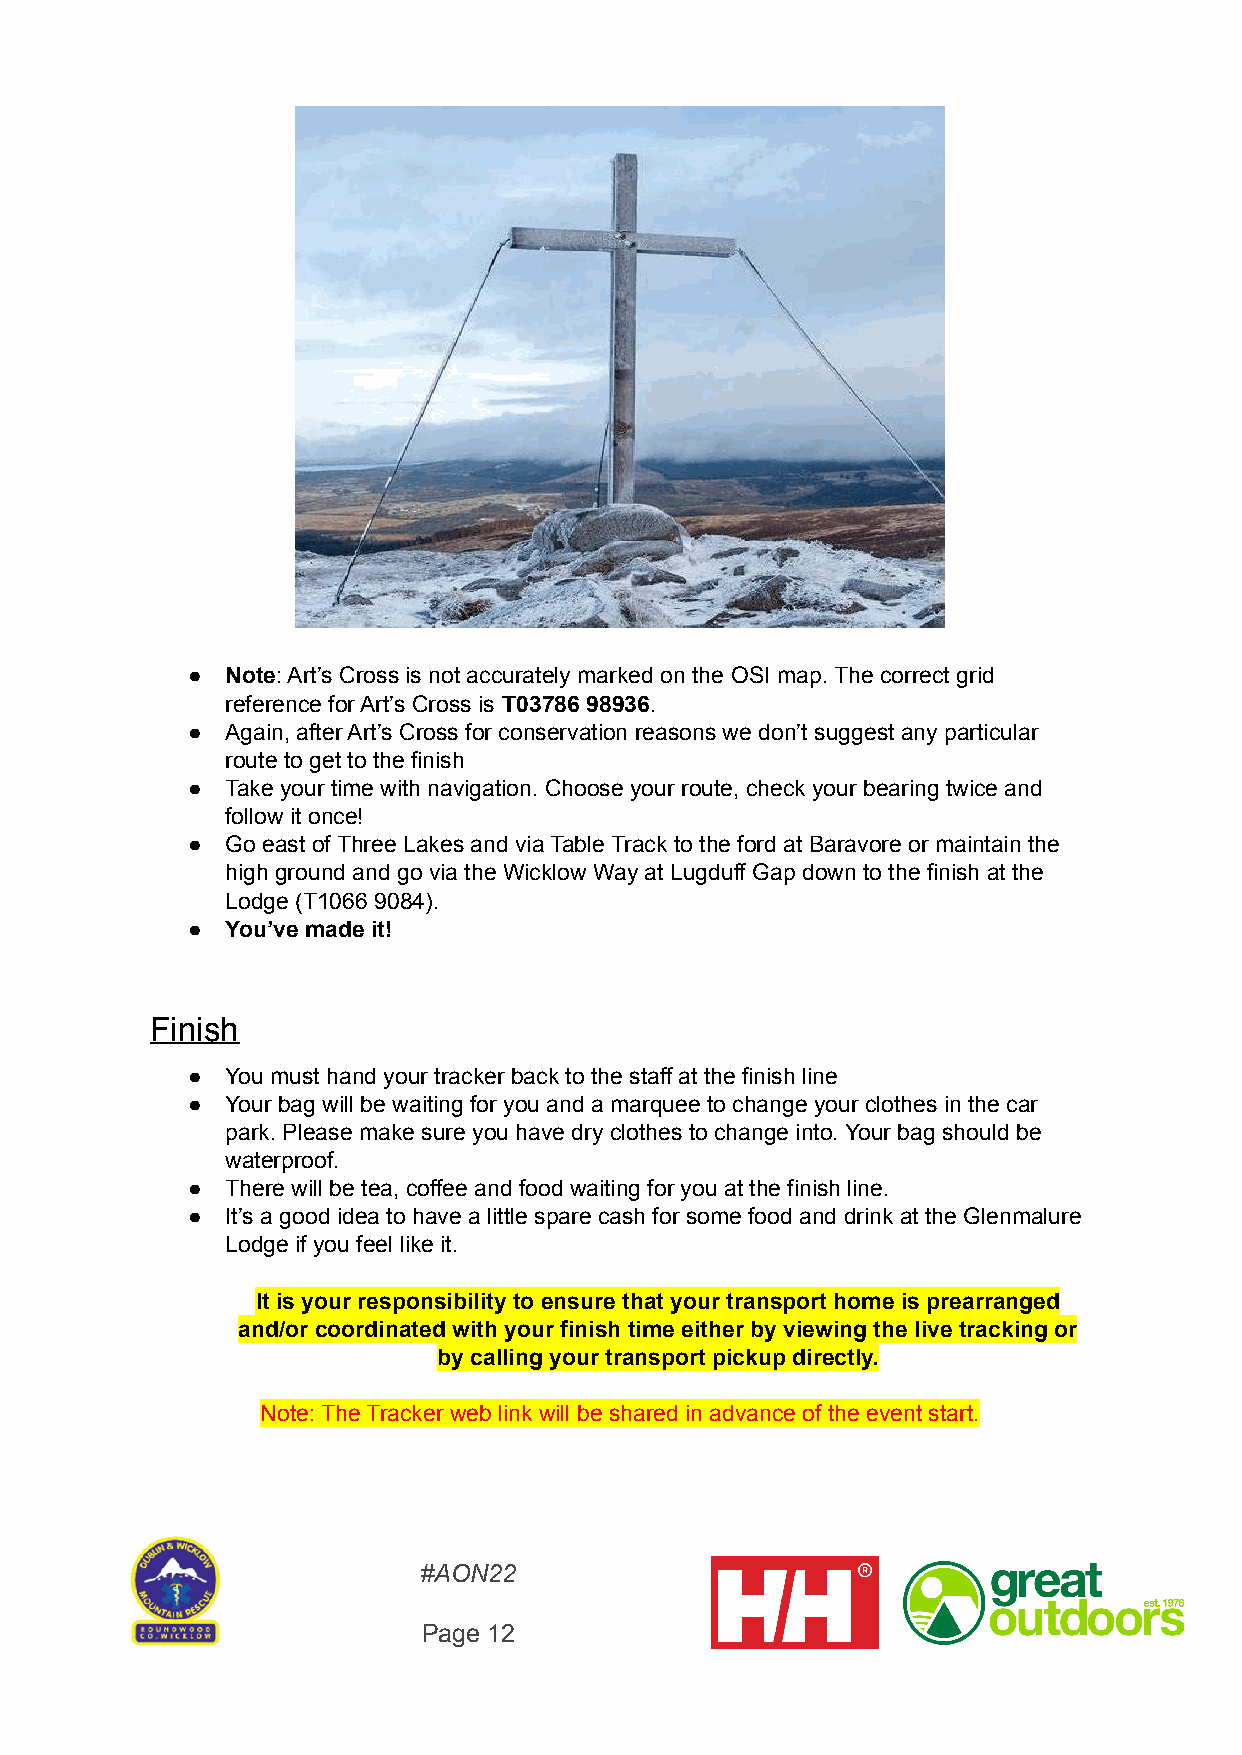
●  Note: Art’s Cross is not accurately marked on the OSI map. The correct grid
 reference for Art’s Cross is T03786 98936.
 ●  Again, after Art’s Cross for conservation reasons we don’t suggest any particular
 route to get to the finish
 ●  Take your time with navigation. Choose your route, check your bearing twice and
 follow it once!
 ●  Go east of Three Lakes and via Table Track to the ford at Baravore or maintain the
 high ground and go via the Wicklow Way at Lugduff Gap down to the finish at the
 Lodge (T1066 9084).
 ●  You’ve made it!
 Finish
 ●  You must hand your tracker back to the staff at the finish line
 ●  Your bag will be waiting for you and a marquee to change your clothes in the car
 park. Please make sure you have dry clothes to change into. Your bag should be
 waterproof.
 ●  There will be tea, coffee and food waiting for you at the finish line.
 ●  It’s a good idea to have a little spare cash for some food and drink at the Glenmalure
 Lodge if you feel like it.
 It is your responsibility to ensure that your transport home is prearranged
 and/or coordinated with your finish time either by viewing the live tracking or
 by calling your transport pickup directly.
 Note: The Tracker web link will be shared in advance of the event start.
 #AON22
 Page 12